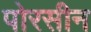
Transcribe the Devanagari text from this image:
पोरसीन